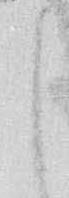
し